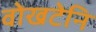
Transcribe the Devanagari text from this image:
वोखटेनि